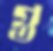
গু